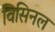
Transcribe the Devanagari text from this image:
विसिनल